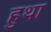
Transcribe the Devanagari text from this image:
हुथा